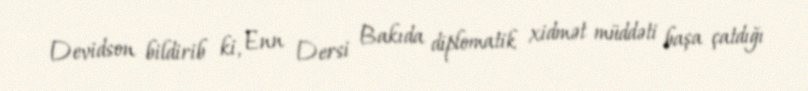
Devidson bildirib ki, Enn Dersi Bakıda diplomatik xidmət müddəti başa çatdığı